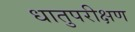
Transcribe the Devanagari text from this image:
धातुपरीक्षण